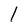
Character: l